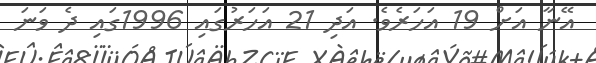
އޭނާ އަށް 19 އަހަރެވެ. އަދި 21 އަހަރުގައި 1996ގައި ދެ ވަނަ